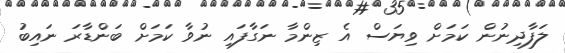
ލަފާދިނުން ކަމަށް ވިޔަސް އެ ޒިންމާ ނަގާފައި ނުވާ ކަމަށް ބަންޑާރަ ނައިބު